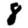
Digit: 8